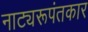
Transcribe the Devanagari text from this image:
नाट्यरूपंतकार